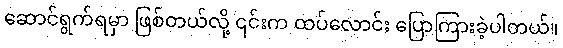
ဆောင်ရွက်ရမှာ ဖြစ်တယ်လို့ ၎င်းက ထပ်လောင်း ပြောကြားခဲ့ပါတယ်။